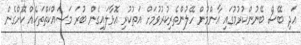
އަދި ބޭސް ބޭނުންކުރުމުގައި އާންމުން ހޭލުންތެރިކުރުވުމަށް އަތުކުރި އޮޅާލައިގެން ބުރަ މަސައްކަތްތަކެއް ކޮށްގެން